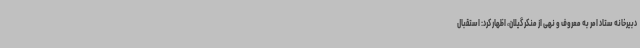
دبیرخانه ستاد امر به معروف و نهی از منکر گیلان، اظهار کرد: استقبال